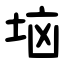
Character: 垴